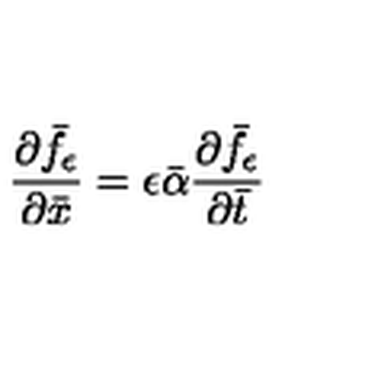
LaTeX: \frac { \partial \bar { f } _ { \epsilon } } { \partial \bar { x } } = \epsilon \bar { \alpha } \frac { \partial \bar { f } _ { \epsilon } } { \partial \bar { t } }